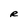
Character: R